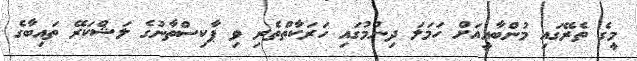
މީގެ ތެރޭގައި މުންބާއީއަށް ހަމަލަ ދިނުމުގައި ހަރަކާތްތެރި ވި ޕާކިސްތާނުގެ ލަޝްކަރޭ ތައިބާގެ